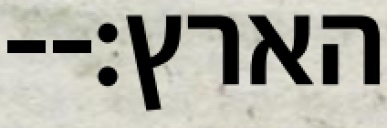
הארץ׃--